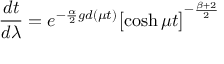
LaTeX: \frac { d t } { d \lambda } = e ^ { - \frac { \alpha } { 2 } g d ( \mu t ) } \bigl [ \cosh { \mu t } \bigr ] ^ { - \frac { \beta + 2 } { 2 } }